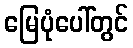
မြေပုံပေါ်တွင်